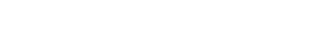
(၃) ကိလေသာမိသ - ကိလေသာ၌ ကပ်ငြိခြင်း။